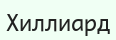
Хиллиард